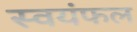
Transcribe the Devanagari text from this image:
स्वयंफल